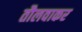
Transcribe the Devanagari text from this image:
तौलवाकर